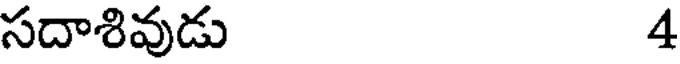
సదాశివుడు 4